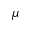
\mu